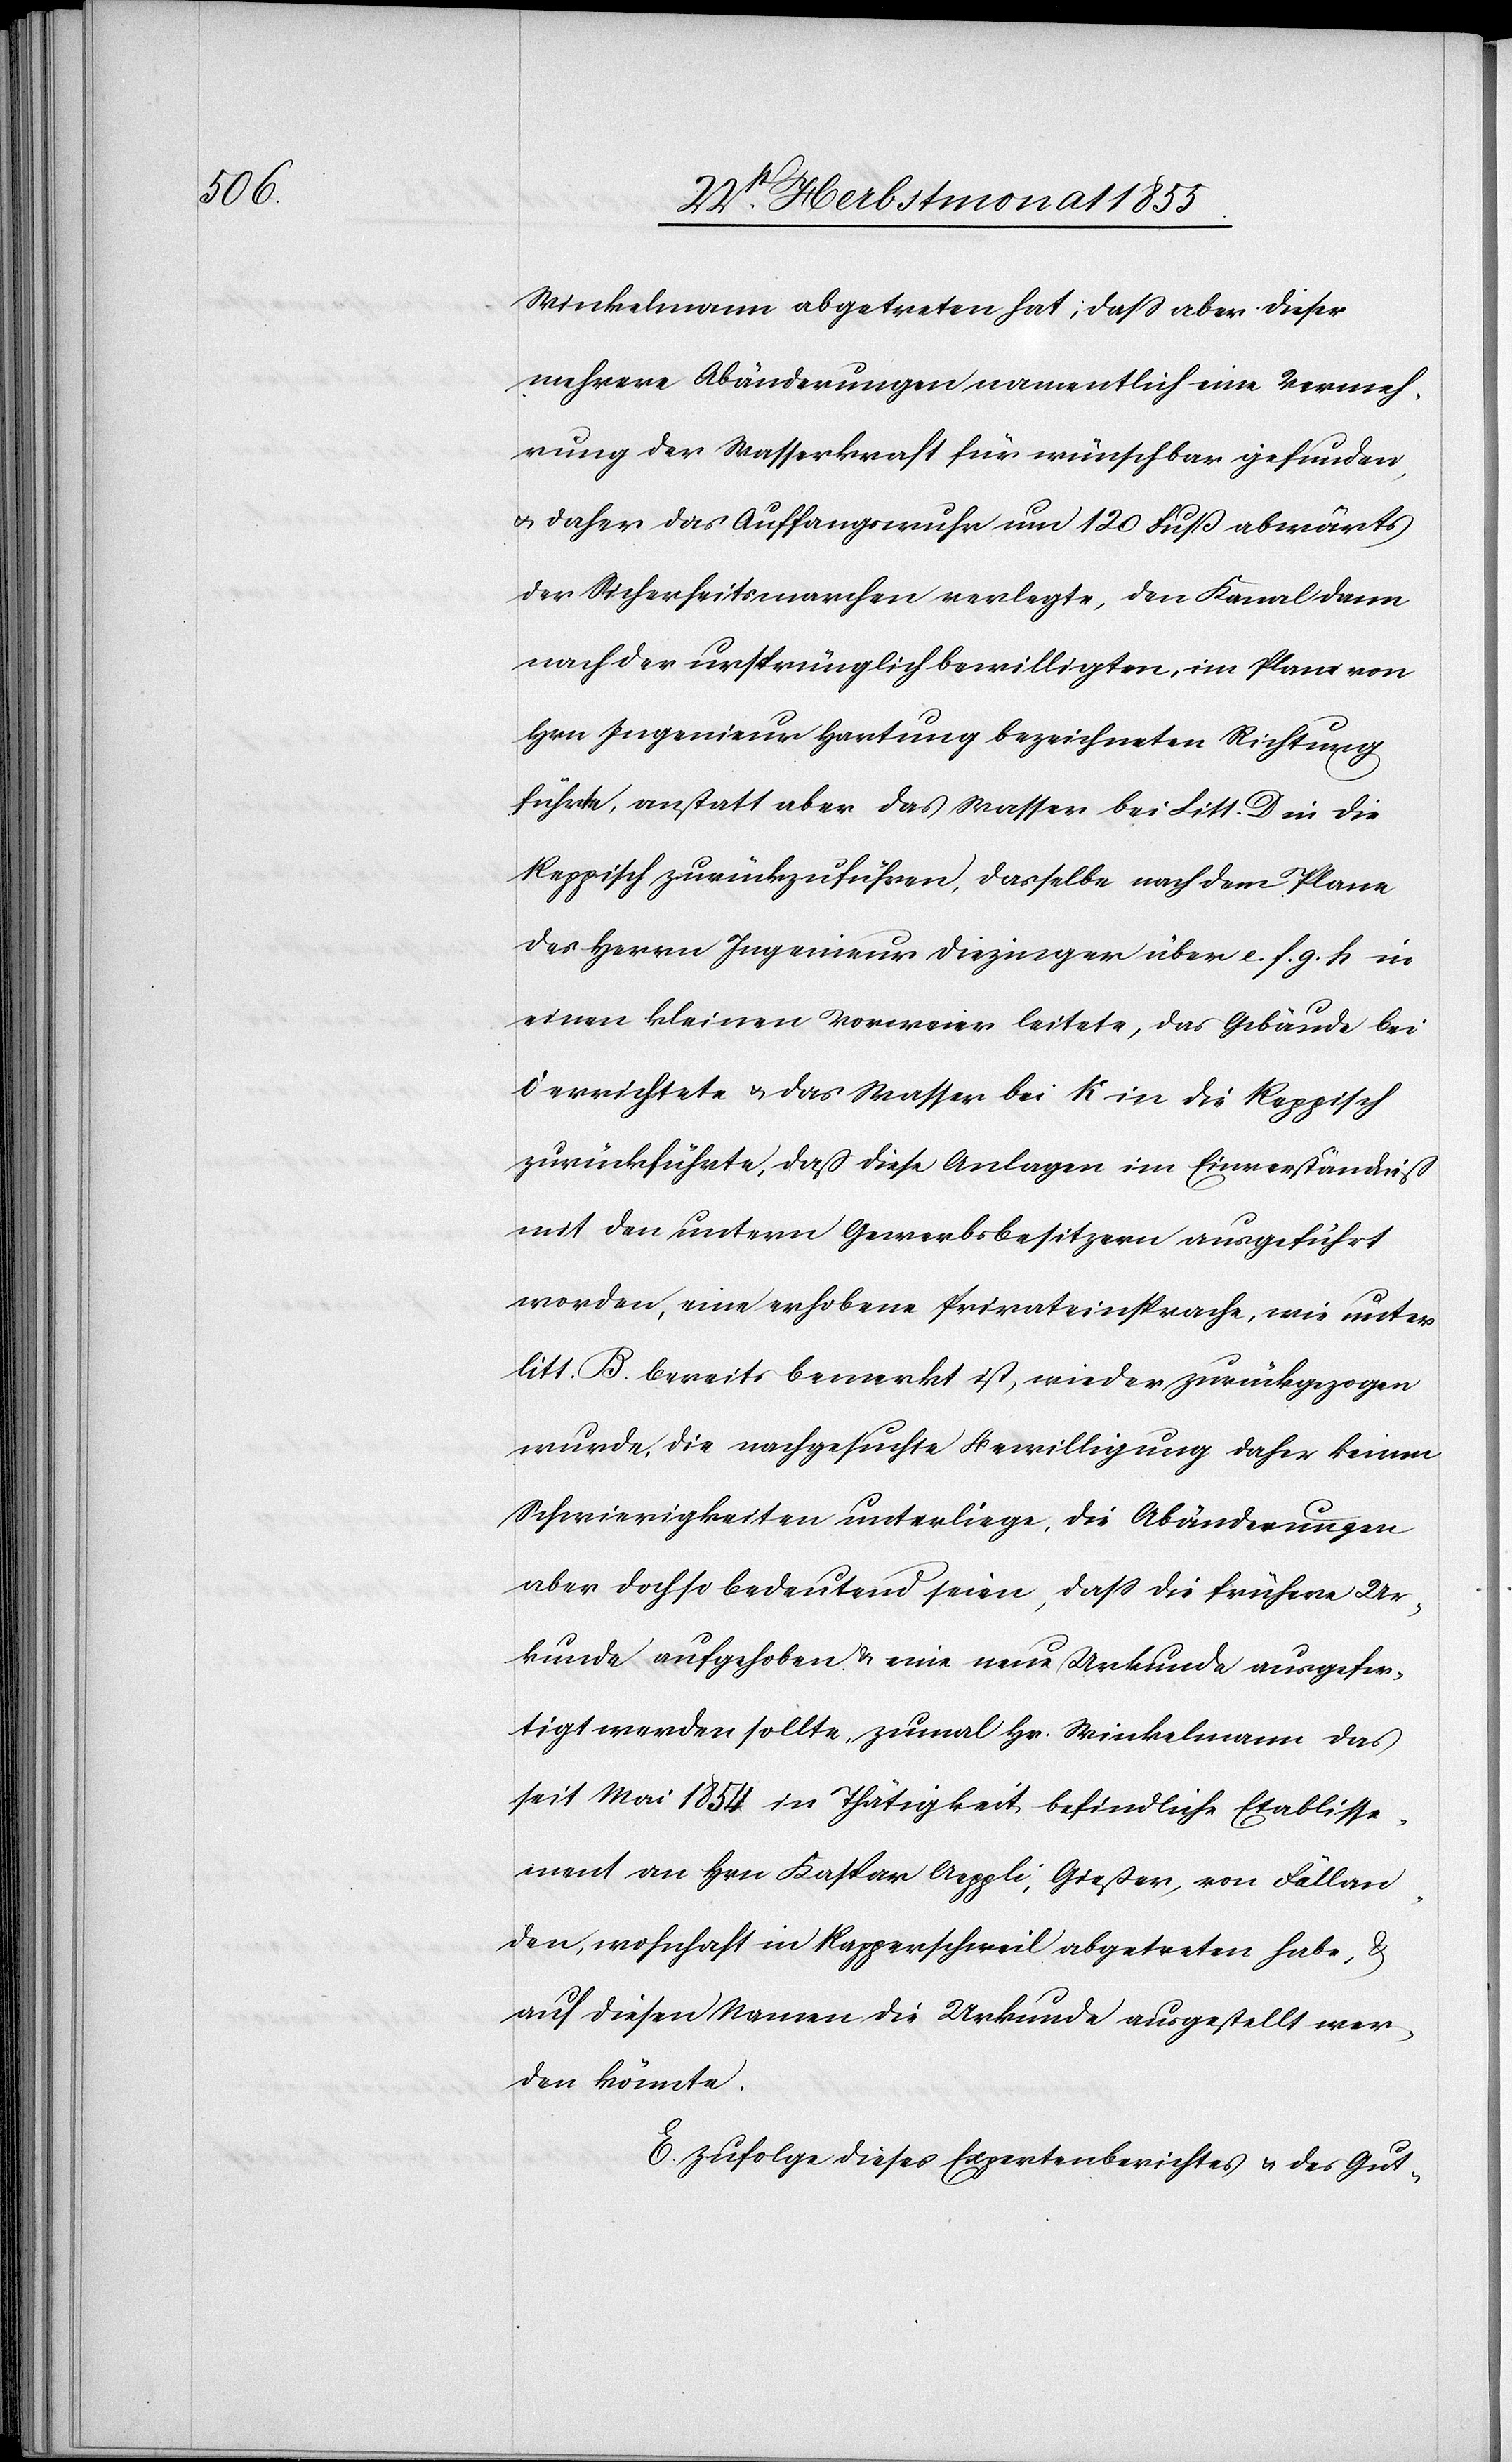
Winkelmann abgetreten hat; dass aber dieser
mehrere Abänderungen namentlich eine Vermeh¬
rung der Wasserkraft für wünschbar gefunden,
& daher das Auffangswuhr um 120 Fuß abwärts
der Sicherheitsmarchen verlegte, den Kanal dann
nach der ursprünglich bewilligten, im Plane von
Hrn. Ingenieur Hartung bezeichneten Richtung
führte, anstatt aber das Wasser bei Litt. D in die
Reppisch zurückzuführen, dasselbe nach dem Plane
des Herrn Ingenieur Diezinger über e. f. g. h in
einen kleinen Vorweier leitete, das Gebäude bei
i errichtete & das Wasser bei K in die Reppisch
zurückführte, daß diese Anlagen im Einverständniß
mit den untern Gewerbsbesitzern ausgeführt
worden, eine erhobene Privateinsprache, wie unter
litt. B. bereits bemerkt ist, wieder zurückgezogen
wurde, die nachgesuchte Bewilligung daher keinen
Schwierigkeiten unterliege, die Abänderungen
aber doch so bedeutend seien, dass die frühere Ur¬
kunde aufgehoben & eine neue Urkunde ausgefer¬
tigt werden sollte, zumal Hr. Winkelmann das
seit Mai 1854 in Thätigkeit befindliche Etablisse¬
ment an Hrn Kaspar Aeppli, Gießer, von Fällan¬
den, wohnhaft in Rapperschweil abgetreten habe, &
auf diesen Namen die Urkunde ausgestellt wer¬
den könnte.
E. Zufolge dieses Expertenberichtes & des Gut-